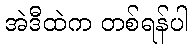
အဲဒီထဲက တစ်ရန်ပါ